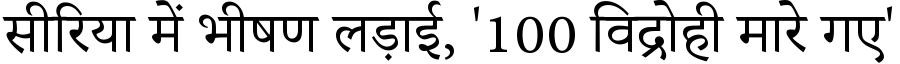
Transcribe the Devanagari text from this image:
सीरिया में भीषण लड़ाई, '100 विद्रोही मारे गए'